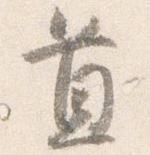
置